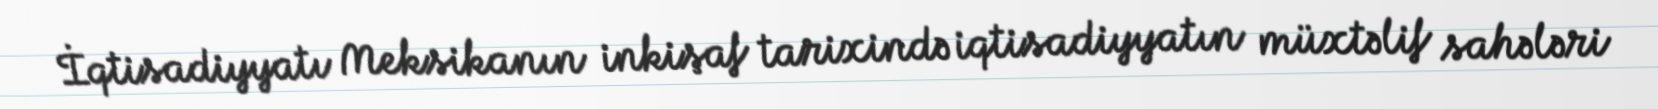
İqtisadiyyatı Meksikanın inkişaf tarixində iqtisadiyyatın müxtəlif sahələri